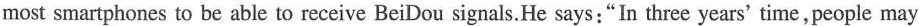
ost smartphones to be abie to receive BeiDou signais.He says:“In three years' time,people may